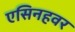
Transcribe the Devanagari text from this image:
एसिनहवर